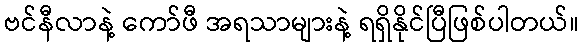
ဗင်နီလာနဲ့ ကော်ဖီ အရသာများနဲ့ ရရှိနိုင်ပြီဖြစ်ပါတယ်။